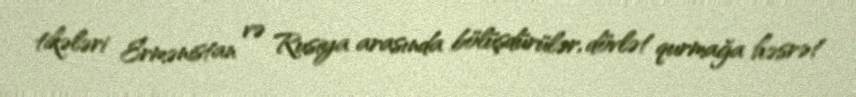
tikələri Ermənistan və Rusiya arasında bölüşdürülər, dövlət qurmağa həsrət